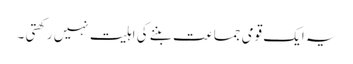
یہ ایک قومی جماعت بننے کی اہلیت نہیں رکھتی ۔